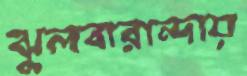
ঝুলবারান্দায়